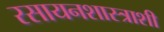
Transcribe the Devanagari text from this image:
रसायनशास्त्राशी